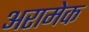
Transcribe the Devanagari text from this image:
अरामेक